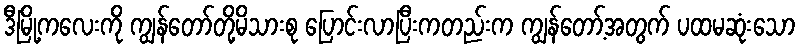
ဒီမြို့ကလေးကို ကျွန်တော်တို့မိသားစု ပြောင်းလာပြီးကတည်းက ကျွန်တော့်အတွက် ပထမဆုံးသော